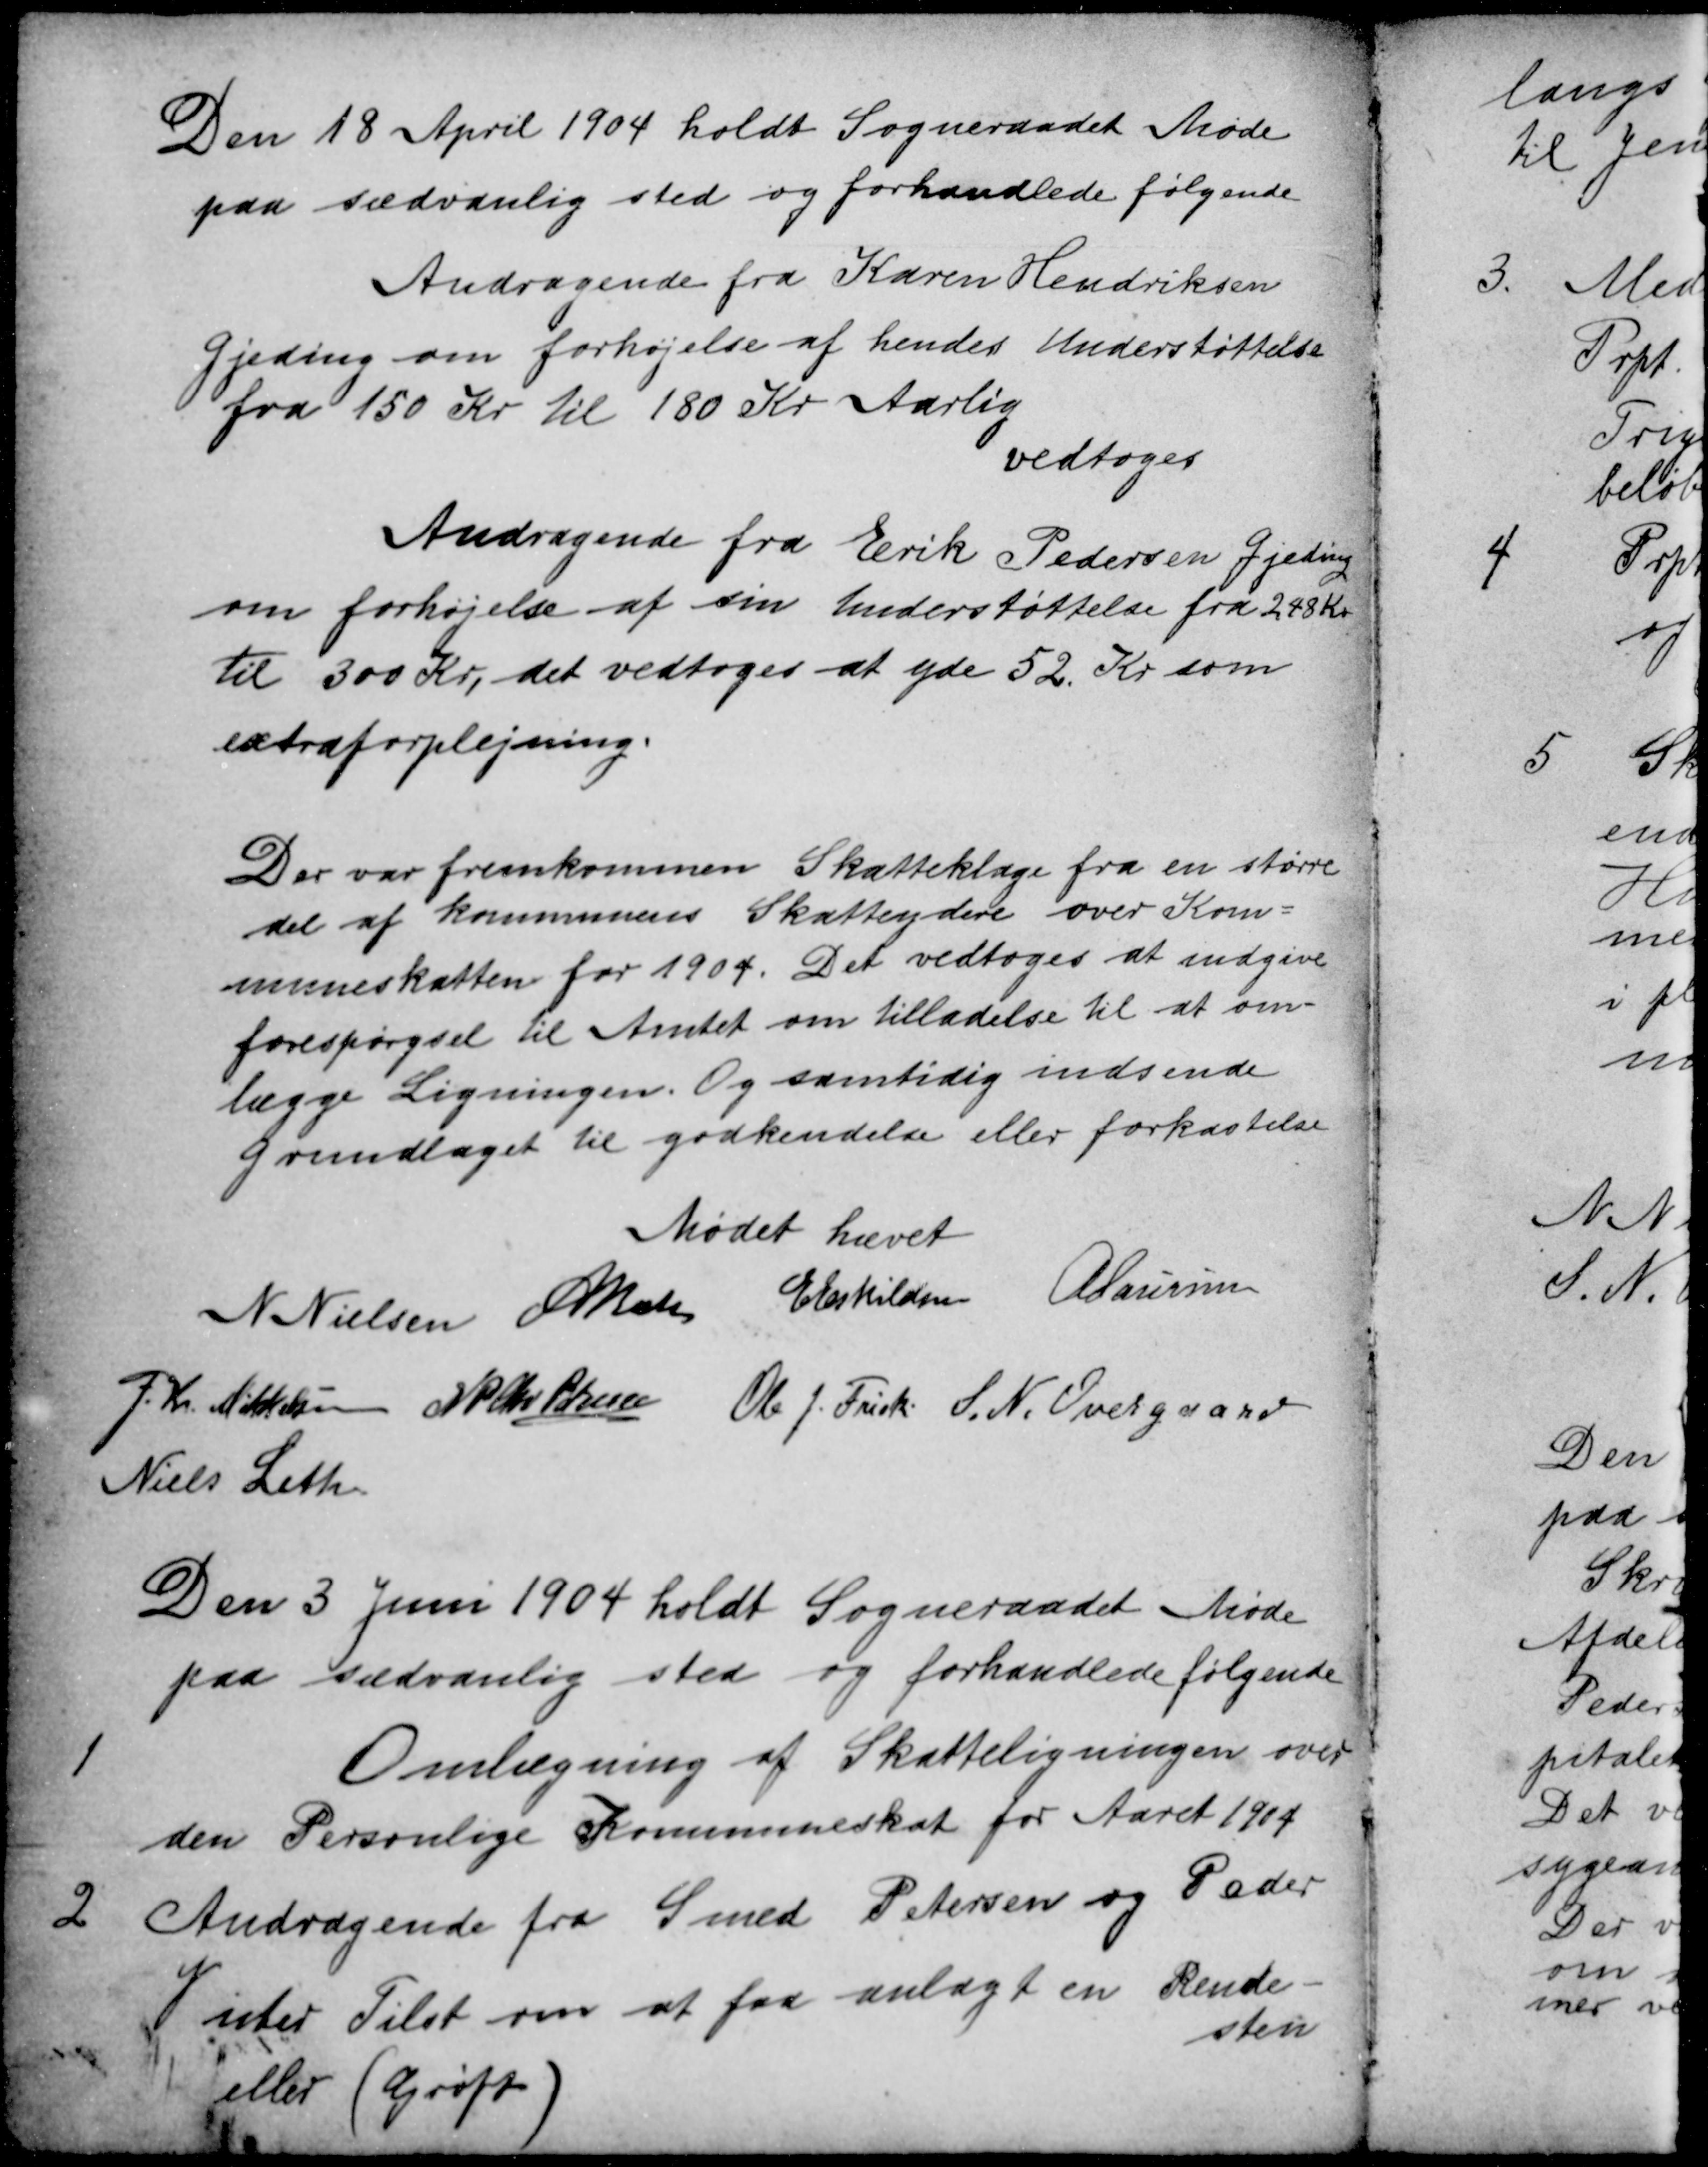
Transskription:
Den 18 April 1904 holdt Sogneraadet Møde
paa sædvanlig sted og forhandlede følgende
Andragende fra Karen Hendriksen
Gjeding om forhøjelse af hendes Understøttelse
fra 150 Kr til 180 Kr Aarlig
vedtoges
Andragende fra Erik Pedersen Gjeding
om forhøjelse af sin Understøttelse fra 248 Kr
til 300 Kr, det vedtoges at yde 52 Kr som
extraforplejning.
Der var fremkommen Skatteklage fra en større
del af kommunens Skatteydere over Kom
muneskatten for 1904. Det vedtoges at indgive
forespørgsel til Amtet om tilladelse til at om-
lægge Ligningen. Og samtidig indsende
Grundlaget til godkendelse eller forkastelse
Mødet hævet
N Nielsen A Bech E Eskildsen  A Laursen
J. Kr. Mikkelsen  N P Chr. Petersen Ole J. Frisk S. N. Overgaard
Niels Leth
Den 3 Juni 1904 holdt Sogneraadet Møde
paa sædvanlig sted og forhandlede følgende
1
Omlægning af Skatteligningen over
den Personlige Kommuneskat for Aaret 1904
2
Andragende fra Smed Petersen og Peder
Vinter Tilst om at faa anlagt en Rende
sten
eller (Grøft)